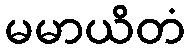
မမာယိတံ